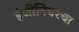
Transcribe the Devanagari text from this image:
इंजींनियरचा